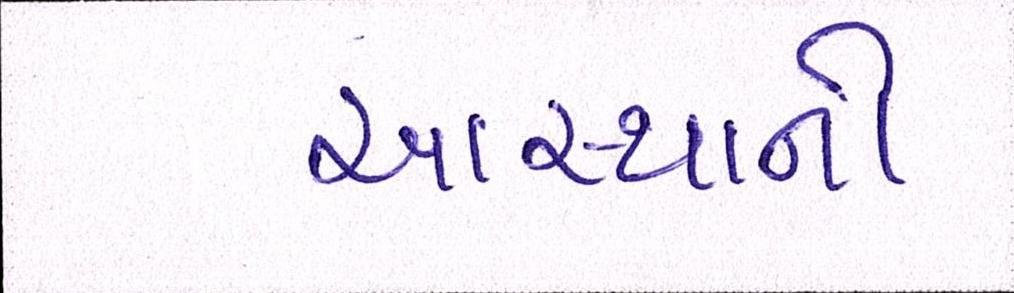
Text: આસ્થાની